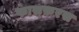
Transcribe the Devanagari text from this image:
फास्फ़रस